Regulations for the medical services of the Army of India
Year: 1930
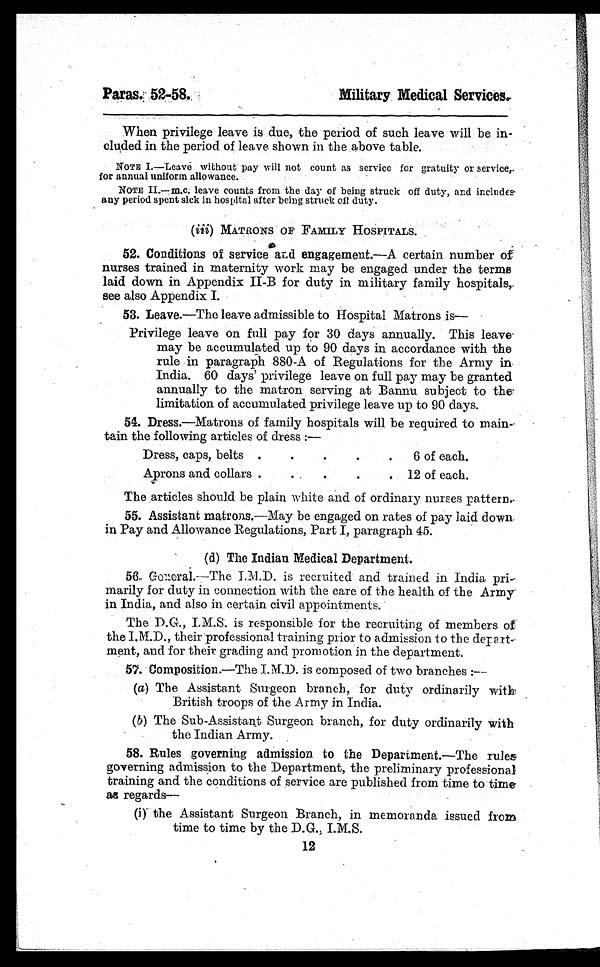
Paras. 52-58.
Military Medical Services.
When privilege leave is due, the period of such leave will be in-
cluded in the period of leave shown in the above table.
NOTE I.—Leave without pay will not count as service for gratuity or service
for annual uniform allowance.
NOTE II.—m.c. leave counts from the day of being struck off duty, and includes
any period spent sick in hospital after being struck off duty.
( iii) MATRONS OF FAMILY HOSPITALS.
52. Conditions of service and engagement.—A certain number of
nurses trained in maternity work may be engaged under the terms
laid down in Appendix II-B for duty in military family hospitals
,see also Appendix I.
53. Leave.—The leave admissible to Hospital Matrons is
—
Privilege leave on full pay for 30 days annually. This leave
may be accumulated up to 90 days in accordance with the
rule in paragraph 880-A of Regulations for the Army in
India. 60 days' privilege leave on full pay may be granted
annually to the matron serving at Bannu subject to the'
limitation of accumulated privilege leave up to 90 days.
54. Dress.—Matrons of family hospitals will be required to main
-tain the following articles of dress :—
Dress, caps, belts
.
. 6 of each.
Aprons and collars ..
.
12 of each.
The articles should be plain white and of ordinary nurses pattern.
55. Assistant matrons.—May be engaged on rates of pay laid down
in Pay and Allowance Regulations, Part I, paragraph 45.
(d) The Indian Medical Department.
56. General.—The I.M.D. is recruited and trained in India pri-
marily for duty in connection with the care of the health of the Army
in India, and also in certain civil appointments.
T h e D , G . , I . M . S . i s r e s p o n s i b l e f o r t h e r e c r u i t i n g o f m e m b e r s o f
the I.M.D., their professional training prior to admission to the depart-
ment, and for their grading and promotion in the department.
57. Composition.—The I.M.D. is composed of two branches :—
(a) The Assistant Surgeon branch, for duty ordinarily with
British troops of the Army in India.
(b) The Sub-Assistant Surgeon branch, for duty ordinarily with
the Indian Army.
58. Rules governing admission to the Department.—The rules
governing admission to the Department, the preliminary professional
training and the conditions of service are published from time to time
as regards—
(i)the Assistant Surgeon Branch, in memoranda issued from
time to time by the D.G., I.M.S.
12